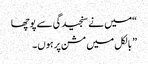
“میں نے سنجیدگی سے پوچھا
” بالکل میں مشن پر ہوں۔